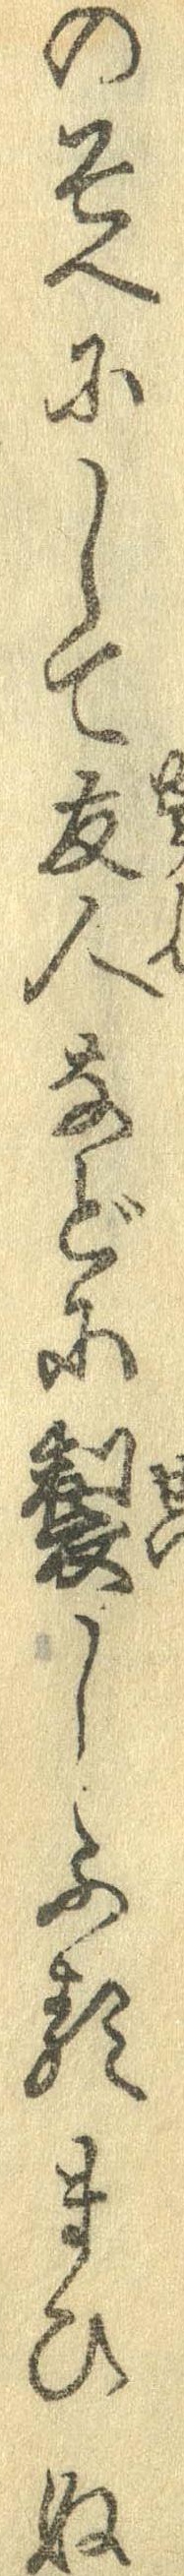
のそへにして友人などに製しふるまひぬ